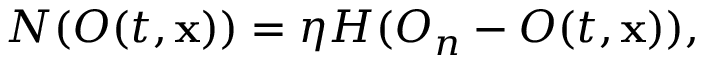
N ( O ( t , \mathbf { x } ) ) = \eta H ( O _ { n } - O ( t , \mathbf { x } ) ) ,